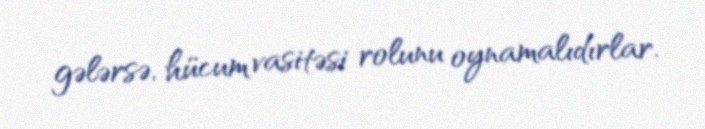
gələrsə, hücum vasitəsi rolunu oynamalıdırlar.